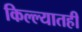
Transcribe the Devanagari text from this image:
किल्ल्यातही